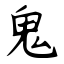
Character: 鬼